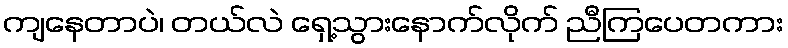
ကျနေတာပဲ၊ တယ်လဲ ရှေ့သွားနောက်လိုက် ညီကြပေတကား